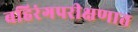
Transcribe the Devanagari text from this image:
बहिरंगपरीक्षणात